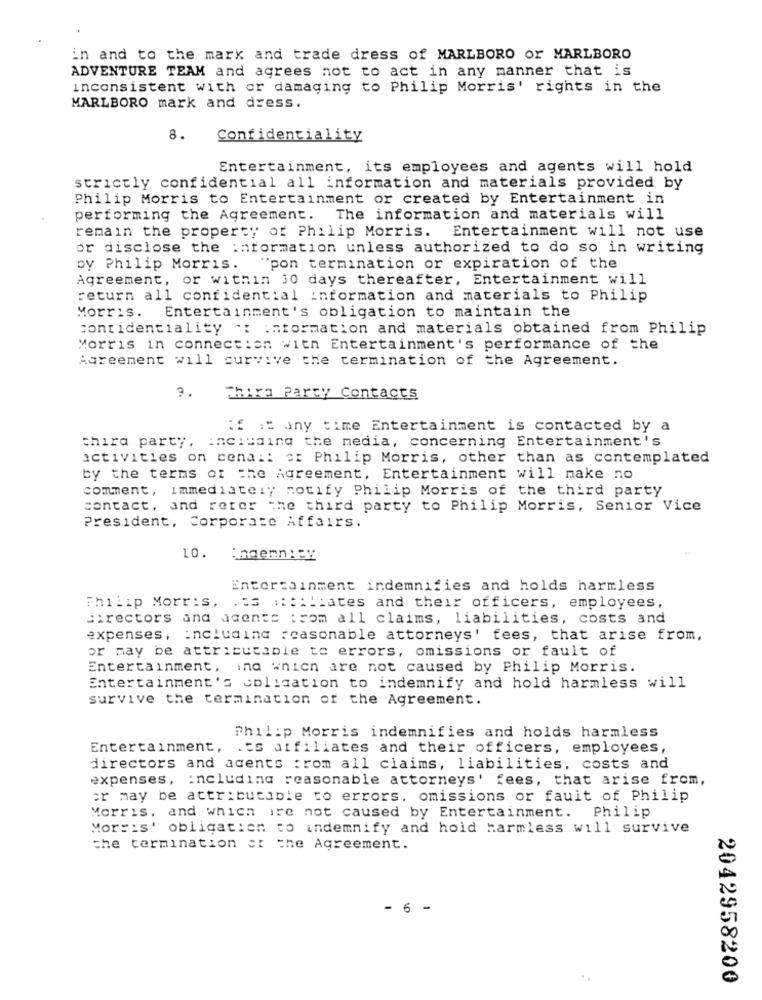
in and to the mark and trade dress of MARLBORO or MARLBORO
ADVENTURE TEAM and agrees not to act in any manner that is
inconsistent with or damaging to Philip Morris' rights in the
MARLBORO mark and dress.
8.
Confidentiality
Entertainment, its employees and agents will hold
strictly confidential all information and materials provided by
Philip Morris to Entertainment or created by Entertainment in
performing the Agreement. The information and materials will
remain the property of Philip Morris. Entertainment will not use
or disclose the information unless authorized to do so in writing
by Philip Morris.
"pon termination or expiration of the
Agreement, or within 30 days thereafter, Entertainment will
return all confidential information and materials to Philip
Morris. Entertainment's obligation to maintain the
contidentiality *: information and materials obtained from Philip
Morris in connection with Entertainment's performance of the
Agreement will survive the termination of the Agreement.
9.
Third Party Contacts
if is any time Entertainment is contacted by a
third party, including the media, concerning Entertainment's
activities on cena :: af Philip Morris, other than as contemplated
by the terms of the Agreement, Entertainment will make no
comment, Immediately notify Philip Morris of the third party
contact, and reter the third party to Philip Morris, Senior Vice
President, Corporate Affairs.
10.
Entertainment indemnifies and holds harmless
Philip Morris. .= s :::::: ates and their officers, employees,
directors and agents :rom all claims, liabilities, costs and
expenses, including reasonable attorneys' fees, that arise from,
or may be attributable to errors, omissions or fault of
Entertainment, ind wnich are not caused by Philip Morris.
Entertainment's colication to indemnify and hold harmless will
survive the termination of the Agreement.
Philip Morris indemnifies and holds harmless
Entertainment, . Es affiliates and their officers, employees,
directors and agents : rom all claims, liabilities, costs and
expenses, including reasonable attorneys' fees, that arise from,
or may be attributable to errors. omissions or fauit of Philip
Morris, and which ire not caused by Entertainment.
Philip
Morris' obligation to indemnify and hold harmless will survive
the termination of the Agreement.
- 6 -
2042958200